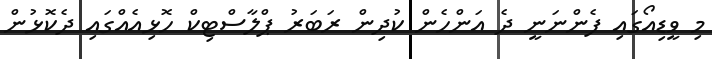
މި ވީޑިއޯގައި ފެންނަނީ ދެ އަންހެން ކުދިން ރަބަރު ޕްލާސްޓިކް ހޮޅިއެއްގައި ދެކޮޅުން